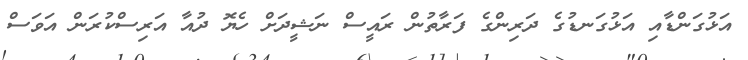
އަޅުގަންޑާއި އަޅުގަނޑުގެ ދަރިންގެ ފަރާތުން ރައީސް ނަޝީދަށް ހެޔޮ ދުއާ އަރިސްކުރަން އަވަސް